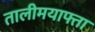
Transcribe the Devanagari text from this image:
तालीमयाफ्ता